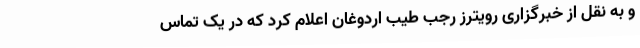
و به نقل از خبرگزاری رویترز رجب طیب اردوغان اعلام کرد که در یک تماس